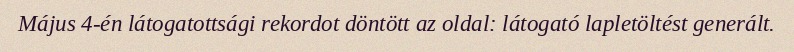
Május 4-én látogatottsági rekordot döntött az oldal: látogató lapletöltést generált.